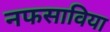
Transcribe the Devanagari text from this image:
नफसाविया